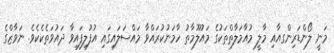
މަނީ ލޯންޑަރިންގއާއި މާލީ މުއާމަލާތްތަކުގެ މައުލޫމާތު ހާމަނުކުރައްވާ މައްސަލައިގައި އުފުލިފައިވާ ދައުވަތެކެކެވެ. ނަވާޒްގެ